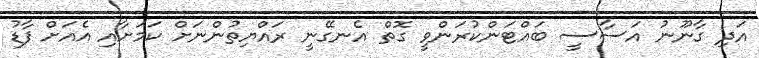
އަދި ގާނޫނު އަސާސީ ބައްޓަންކުރަންވީ ގޮތް އެނގޭނީ ރައްޔިތުންނަށް ކަމަށާއި އެއަށް ފާޑު